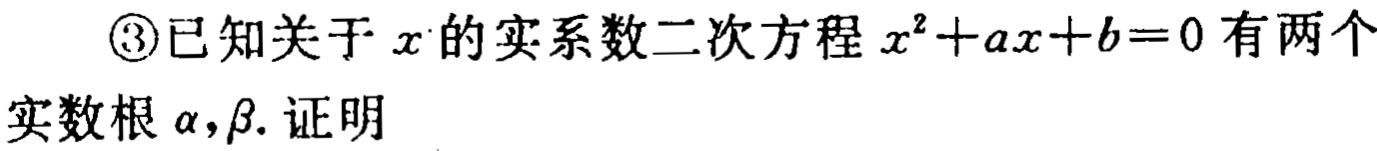
\textcircled{3}已知关于\(x\)的实系数二次方程\(x^{2}+ax + b = 0\)有两个

实数根\(\alpha,\beta\). 证明